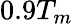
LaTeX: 0.9T_{m}